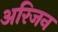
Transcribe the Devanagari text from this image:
अरिजन